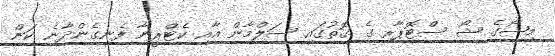
މިޝޯގެ ޝޯ ސްޓޮޕާރ ގެ ގޮތުގައި ސަލްމާން އާއި ކެޓްރީނާ ފެނިގެންދާނެ ކަން